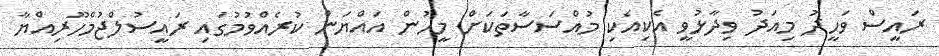
ރައީސް ވަހީދު މިއަދު ވިދާޅުވީ އެކިއެކި މުއްސަސާތަކަށް މީހުން އައްޔަން ކުރެއްވުމުގައި ރައީސުލްޖުމްހޫރިއްޔާ